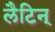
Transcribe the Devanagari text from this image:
लैटिन्